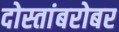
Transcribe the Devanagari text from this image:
दोस्तांबरोबर